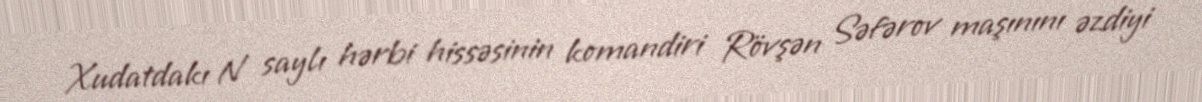
Xudatdakı N saylı hərbi hissəsinin komandiri Rövşən Səfərov maşınını əzdiyi